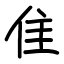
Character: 隹